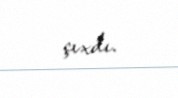
çıxdı.